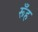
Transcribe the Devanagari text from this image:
रूँह